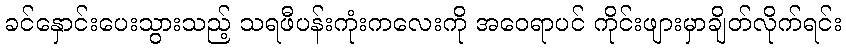
ခင်နှောင်းပေးသွားသည့် သရဖီပန်းကုံးကလေးကို အဝေရာပင် ကိုင်းဖျားမှာချိတ်လိုက်ရင်း